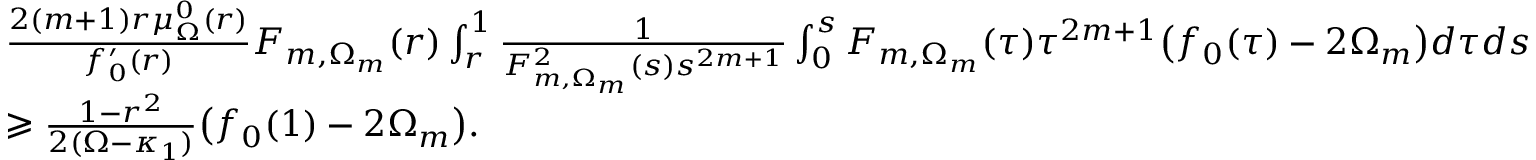
\begin{array} { r l } & { \frac { 2 ( m + 1 ) r \mu _ { \Omega } ^ { 0 } ( r ) } { f _ { 0 } ^ { \prime } ( r ) } F _ { m , \Omega _ { m } } ( r ) \int _ { r } ^ { 1 } \frac { 1 } { F _ { m , \Omega _ { m } } ^ { 2 } ( s ) s ^ { 2 m + 1 } } \int _ { 0 } ^ { s } F _ { m , \Omega _ { m } } ( \tau ) \tau ^ { 2 m + 1 } \big ( { f _ { 0 } ( \tau ) } - 2 \Omega _ { m } \big ) d \tau d s } \\ & { \geqslant \frac { 1 - r ^ { 2 } } { 2 ( \Omega - \kappa _ { 1 } ) } \big ( f _ { 0 } ( 1 ) - 2 \Omega _ { m } \big ) . } \end{array}